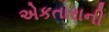
એકતારાની